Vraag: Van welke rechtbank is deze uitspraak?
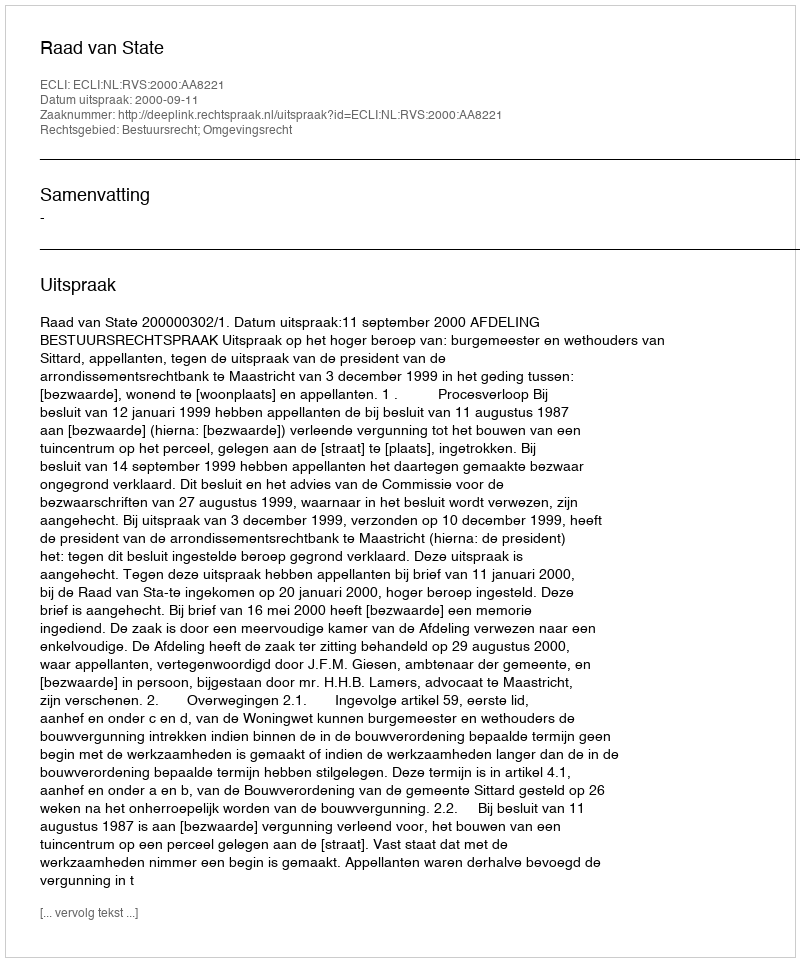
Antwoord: Raad van State